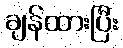
ချန်ထားပြီး